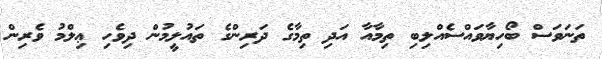
ތަނަވަސް ބޯހިޔާވައްސެއްލިބި ތިމާއާ އަދި ތިމާގެ ދަރިންގެ ތައުލީމުން ދިވެހި ޢިލްމު ވެރިން